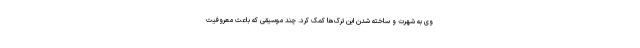
وی به شهرت و ساخته شدن این ترک‌ها کمک کرد. چند موسیقی که باعث معروفیت